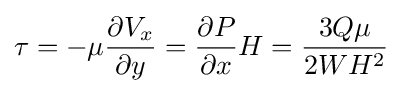
\tau =-\mu {\frac {\partial V_{x}}{\partial y}}={\frac {\partial P}{\partial x}}H={\frac {3Q\mu }{2WH^{2}}}